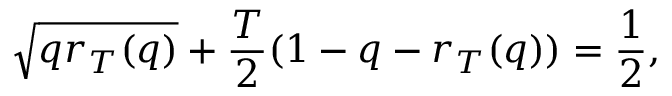
\sqrt { q r _ { T } ( q ) } + \frac { T } { 2 } ( 1 - q - r _ { T } ( q ) ) = \frac { 1 } { 2 } ,